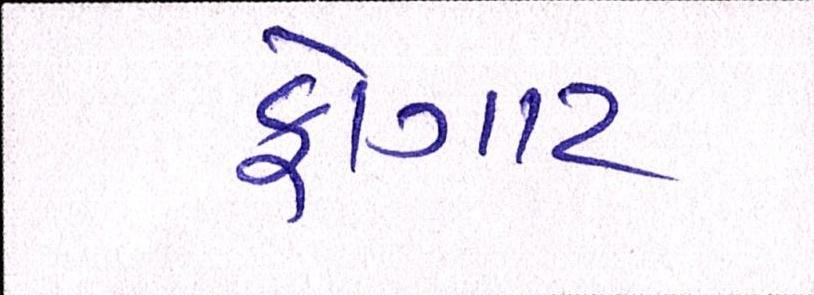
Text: ફોગાટ